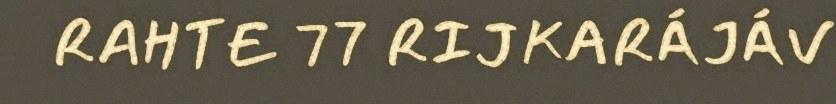
RAHTE 77 RIJKARÁJÁV